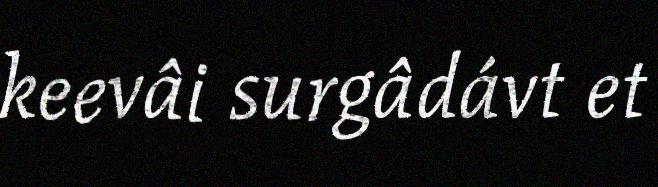
keevâi surgâdávt et